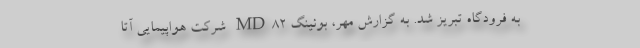
به فرودگاه تبریز شد. به گزارش مهر، بوئینگ MD82 شرکت هواپیمایی آتا